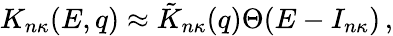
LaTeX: K_{n\kappa}{\left(E,q\right)}\approx\tilde{K}_{n\kappa}{\left(q\right)}\Theta{\left(E-I_{n\kappa}\right)}\, ,